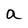
Character: a